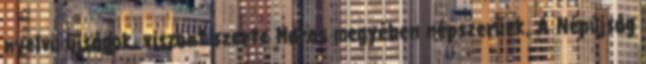
nyelvű újságok, viszont szerte Maros megyében népszerűek. A Népújság